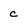
Character: c